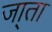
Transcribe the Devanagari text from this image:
जा्ता